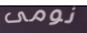
نومى